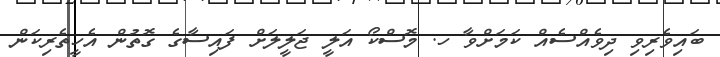
ބައިވެރިވި ދިވެއްސެއް ކަމަށްވާ ހ. މޮސްކޯ އަލީ ޖަލީލަށް ފައިސާގެ ގޮތުން އެހީތެރިކަން